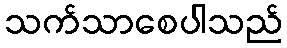
သက်သာစေပါသည်